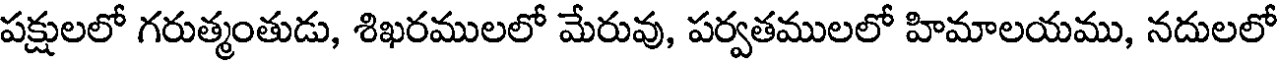
పక్షులలో గరుత్మంతుడు, శిఖరములలో మేరువు, పర్వతములలో హిమాలయము, నదులలో